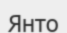
Янто